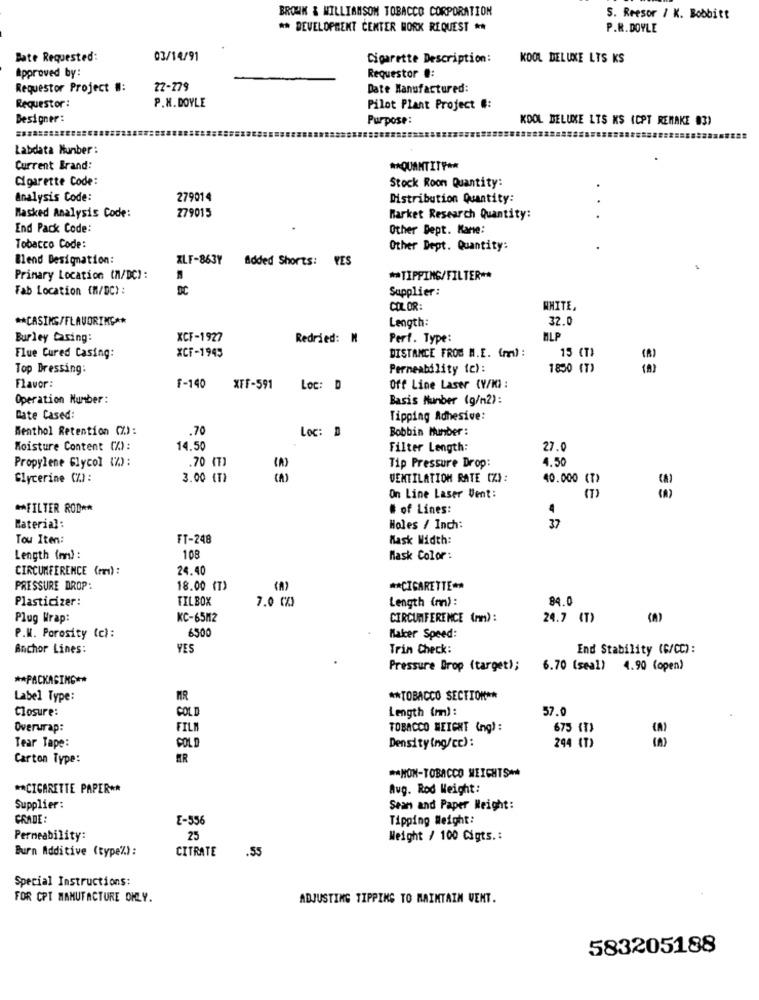
BROWN & WILLIAMSOM TOBACCO CORPORATION
S. Reesor / K. Bobbitt
** DEVELOPMENT CENTER WORK REQUEST **
P.R. DOYLE
Bate Requested:
03/14/91
Cigarette Description:
KOOL DELUXE LTS KS
Approved by:
Requestor #:
Requestor Project #:
22-279
Date Manufactured:
P.N. DOYLE
Requestor:
Pilot Plant Project #:
Designer:
Purpose:
KOOL DELUXE LTS KS (CPT REMAKE 83)
Labdata Munber :
Current Brand:
** QUANTITY **
Cigarette Code:
Stock Roon Quantity:
Analysis Code:
279014
Distribution Quantity:
279015
Masked Analysis Code:
Market Research Quantity:
End Pack Code:
Other Dept. Kane:
Tobacco Code:
Other Dept. Quantity:
Blend Designation:
XLF-863Y
Added Shorts: YES
Primary Location (M/DC) :
** TIPPING/FILTER **
Fab Location (M/DC):
Supplier :
COLOR:
WHITE,
** CASINS/FLAVORING **
Length:
32.0
Burley Casing:
XCF-1927
Redried: M
Perf. Type:
MLP
XCF-1945
15 (T)
Flue Cured Casing:
DISTANCE FROM M.E. (mi) :
Top Dressing:
Permeability (c) :
1850 (T)
Flavor:
F-140
XFF-591
Loc: D
Off Line Laser CY/KI :
Operation Number :
Basis Number (g/n2):
Cate Cased:
Tipping Adhesive:
Menthol Retention (Z):
.70
Loc: D
Bobbin Number :
Moisture Content (%) :
14.50
Filter Length:
27.0
Propylene Glycol (%):
.70 (T)
4.50
(A)
Tip Pressure Drop:
Glycerine (%):
3.00 (T)
(A)
VENTILATION RATE (%) :
40.000 (T)
On Line Laser Vent:
3 3
** FILTER ROD **
# of Lines:
4
Material:
Holes / Inch:
37
Tou Item:
FT-248
Mask Width:
Length (mm) :
108
Mask Color:
CIRCUMFERENCE (mm) :
24.40
PRESSURE DROP:
18.00 (T)
** CIGARETTE **
Plasticizer:
TILBOX
7.0 CX)
Length (mn):
84.0
Plug Wrap:
KC-65M2
CIRCUMFERENCE (mm):
24.7 (T)
P.M. Porosity (c) :
6500
Maker Speed:
Anchor Lines:
YES
Trin Check:
End Stability (G/CC):
Pressure Drop (target);
6.70 (seal) 4.90 (open)
** PACKAGING **
Label Type:
MR
** TOBACCO SECTION **
Closure:
COLD
Length (mm):
57.0
Overurap:
FILM
TOBACCO WEIGHT (ng) :
675 (T)
Tear Tape:
COL
Densitying/cc):
244 (T)
Carton Type:
ER
** NON-TOBACCO WEIGHTS **
** CIGARETTE PAPER **
Aug. Rod Weight:
Supplier:
Sean and Paper Weight:
CRADE:
E-556
Tipping Weight:
Permeability:
25
Weight / 100 Cigts .:
Burn Additive (type'%):
CITRATE
.55
Special Instructions:
FOR CPT MANUFACTURE ONLY.
ADJUSTING TIPPING TO MAINTAIN VENT.
583205188